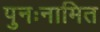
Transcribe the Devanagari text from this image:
पुनःनामित